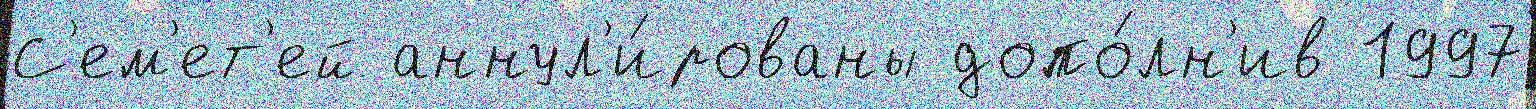
С'ем'ет'ей аннул'и́рованы допо́лн'ив 1997